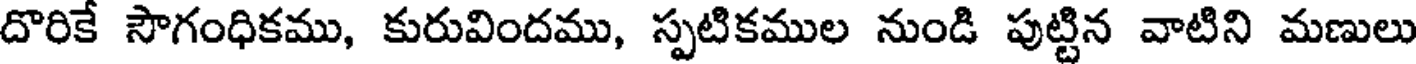
దొరికే సౌగంధికము, కురువిందము, స్పటికముల నుండి పుట్టిన వాటిని మణులు